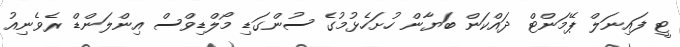
ޓީ ފައިނަލް ޕޭމަންޓް ދައްކަން ބަޔާން ހުށަހެޅުމުގެ ސުންގަޑި މޯލްޑިވްސް އިންލަންޑް ރެވެނިއު